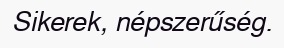
Sikerek, népszerűség.